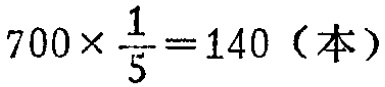
\(700\times\frac{1}{5}=140（本）\)